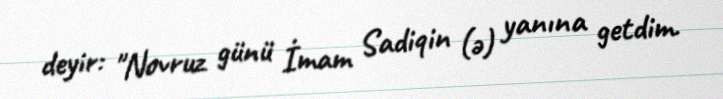
deyir: "Novruz günü İmam Sadiqin (ə) yanına getdim.